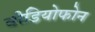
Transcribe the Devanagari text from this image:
वीडियोफोन